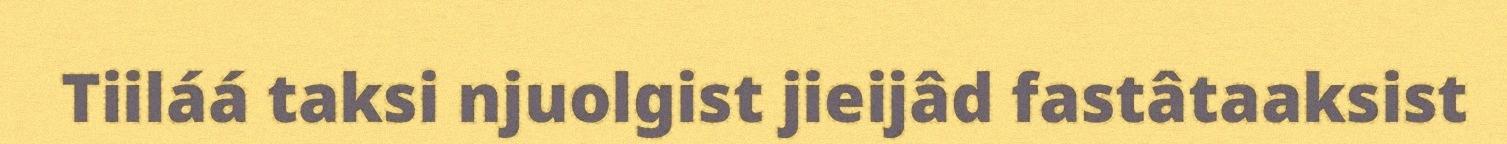
Tiiláá taksi njuolgist jieijâd fastâtaaksist